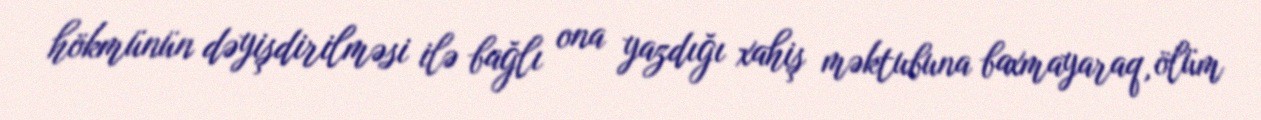
hökmünün dəyişdirilməsi ilə bağlı ona yazdığı xahiş məktubuna baxmayaraq, ölüm